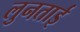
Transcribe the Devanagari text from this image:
लुनताई